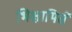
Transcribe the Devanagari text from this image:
भिक्षामिसे